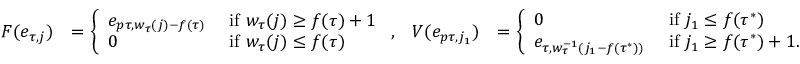
\begin{array} { r l r l } { F ( e _ { \tau , j } ) } & { = \left\{ \begin{array} { l l } { e _ { p \tau , w _ { \tau } ( j ) - f ( \tau ) } } & { \mathrm { ~ i f ~ } w _ { \tau } ( j ) \geq f ( \tau ) + 1 } \\ { 0 } & { \mathrm { ~ i f ~ } w _ { \tau } ( j ) \leq f ( \tau ) } \end{array} \right. , } & { V ( e _ { p \tau , j _ { 1 } } ) } & { = \left\{ \begin{array} { l l } { 0 } & { \mathrm { ~ i f ~ } j _ { 1 } \leq f ( \tau ^ { * } ) } \\ { e _ { \tau , w _ { \tau } ^ { - 1 } ( j _ { 1 } - f ( \tau ^ { * } ) ) } } & { \mathrm { ~ i f ~ } j _ { 1 } \geq f ( \tau ^ { * } ) + 1 . } \end{array} \right. } \end{array}